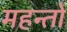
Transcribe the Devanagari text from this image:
महन्तो